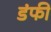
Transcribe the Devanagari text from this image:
डंफी